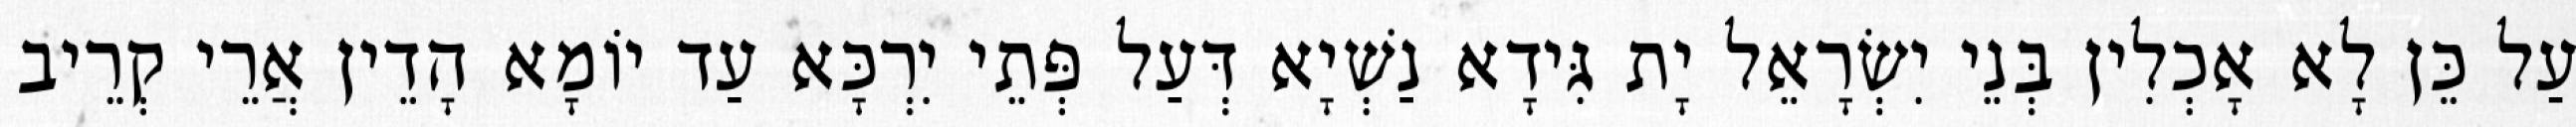
עַל כֵּן לָא אָכְלִין בְּנֵי יִשְׂרָאֵל יָת גִּידָא נַשְׁיָא דְּעַל פְּתֵי יִרְכָּא עַד יוֹמָא הָדֵין אֲרֵי קְרֵיב